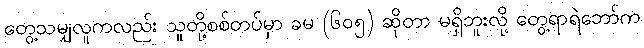
တွေ့သမျှလူကလည်း သူတို့စစ်တပ်မှာ ခမ (၆၀၅) ဆိုတာ မရှိဘူးလို့ တွေ့ရာရဲဘော်က